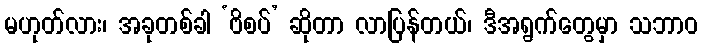
မဟုတ်လား၊ အခုတစ်ခါ ‘ဗိစပ်’ ဆိုတာ လာပြန်တယ်၊ ဒီအရွက်တွေမှာ သဘာဝ